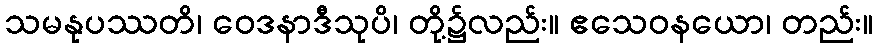
သမနုပဿတိ၊ ဝေဒနာဒီသုပိ၊ တို့၌လည်း။ ဧသေဝနယော၊ တည်း။